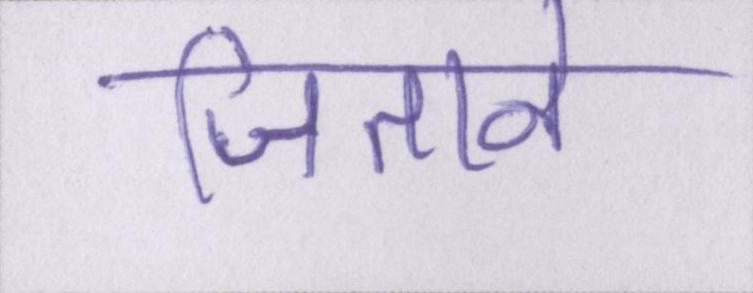
जिताने